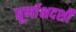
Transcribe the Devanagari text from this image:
घूर्णाक्षदर्शी